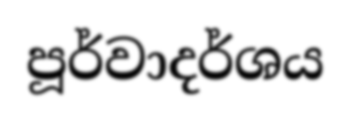
පූර්වාදර්ශය